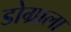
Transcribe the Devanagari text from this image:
डोग्राला